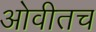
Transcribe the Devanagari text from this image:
ओवीतच